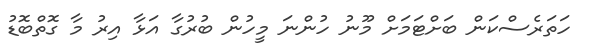
ހަތަރެސްކަން ބަށްޓަމަށް މޫނު ހުންނަ މީހުން ބުރުގާ އަޅާ އިރު މާ ގޮތްބޮޑު